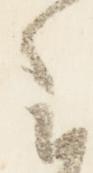
云